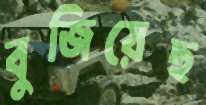
বুজিয়েছ